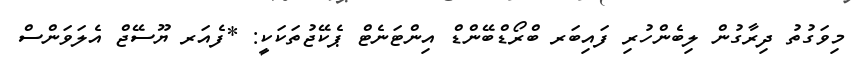
މިވަގުތު ދިރާގުން ލިބެންހުރި ފައިބަރ ބްރޯޑްބޭންޑް އިންޓަނެޓް ޕެކޭޖުތަކަކީ: *ފެއަރ ޔޫސޭޖް އެލަވަންސް